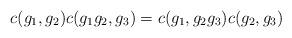
LaTeX: \begin{align*} c(g_1,g_2)c(g_1g_2,g_3) = c(g_1,g_2g_3)c(g_2,g_3)\end{align*}